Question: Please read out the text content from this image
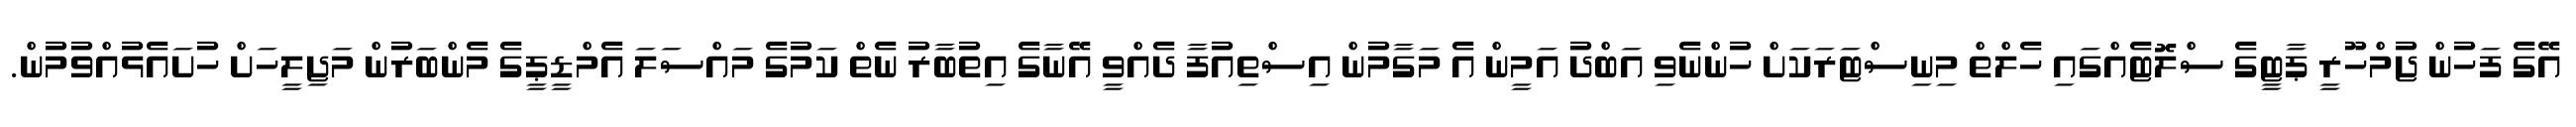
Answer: އޭގެ ފަހުން ޖުމްހޫރީ ޕާޓީގެ ސްލޮޓެއްގައި ހެލްތް މިނިސްޓަރަކަށް ހުންނެވި އަބްދު އަމީން އެ މަގާމުން އިސްތިއުފާ ދެއްވީ އޭނާގެ އިތުބާރު ނެތް ކަމުގެ މައްސަލަ އެމްޑީޕީގެ މެންބަރުން މަޖިލީހަށް ހުށައެޅުއްވުމުން.